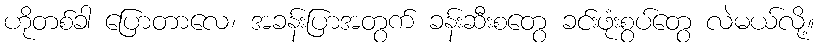
ဟိုတစ်ခါ ပြောတာလေ၊ အခန်းပြာအတွက် ခန်းဆီးစတွေ ခင်းဖုံးစွပ်တွေ လဲမယ်လို့။